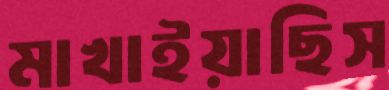
মাখাইয়াছিস